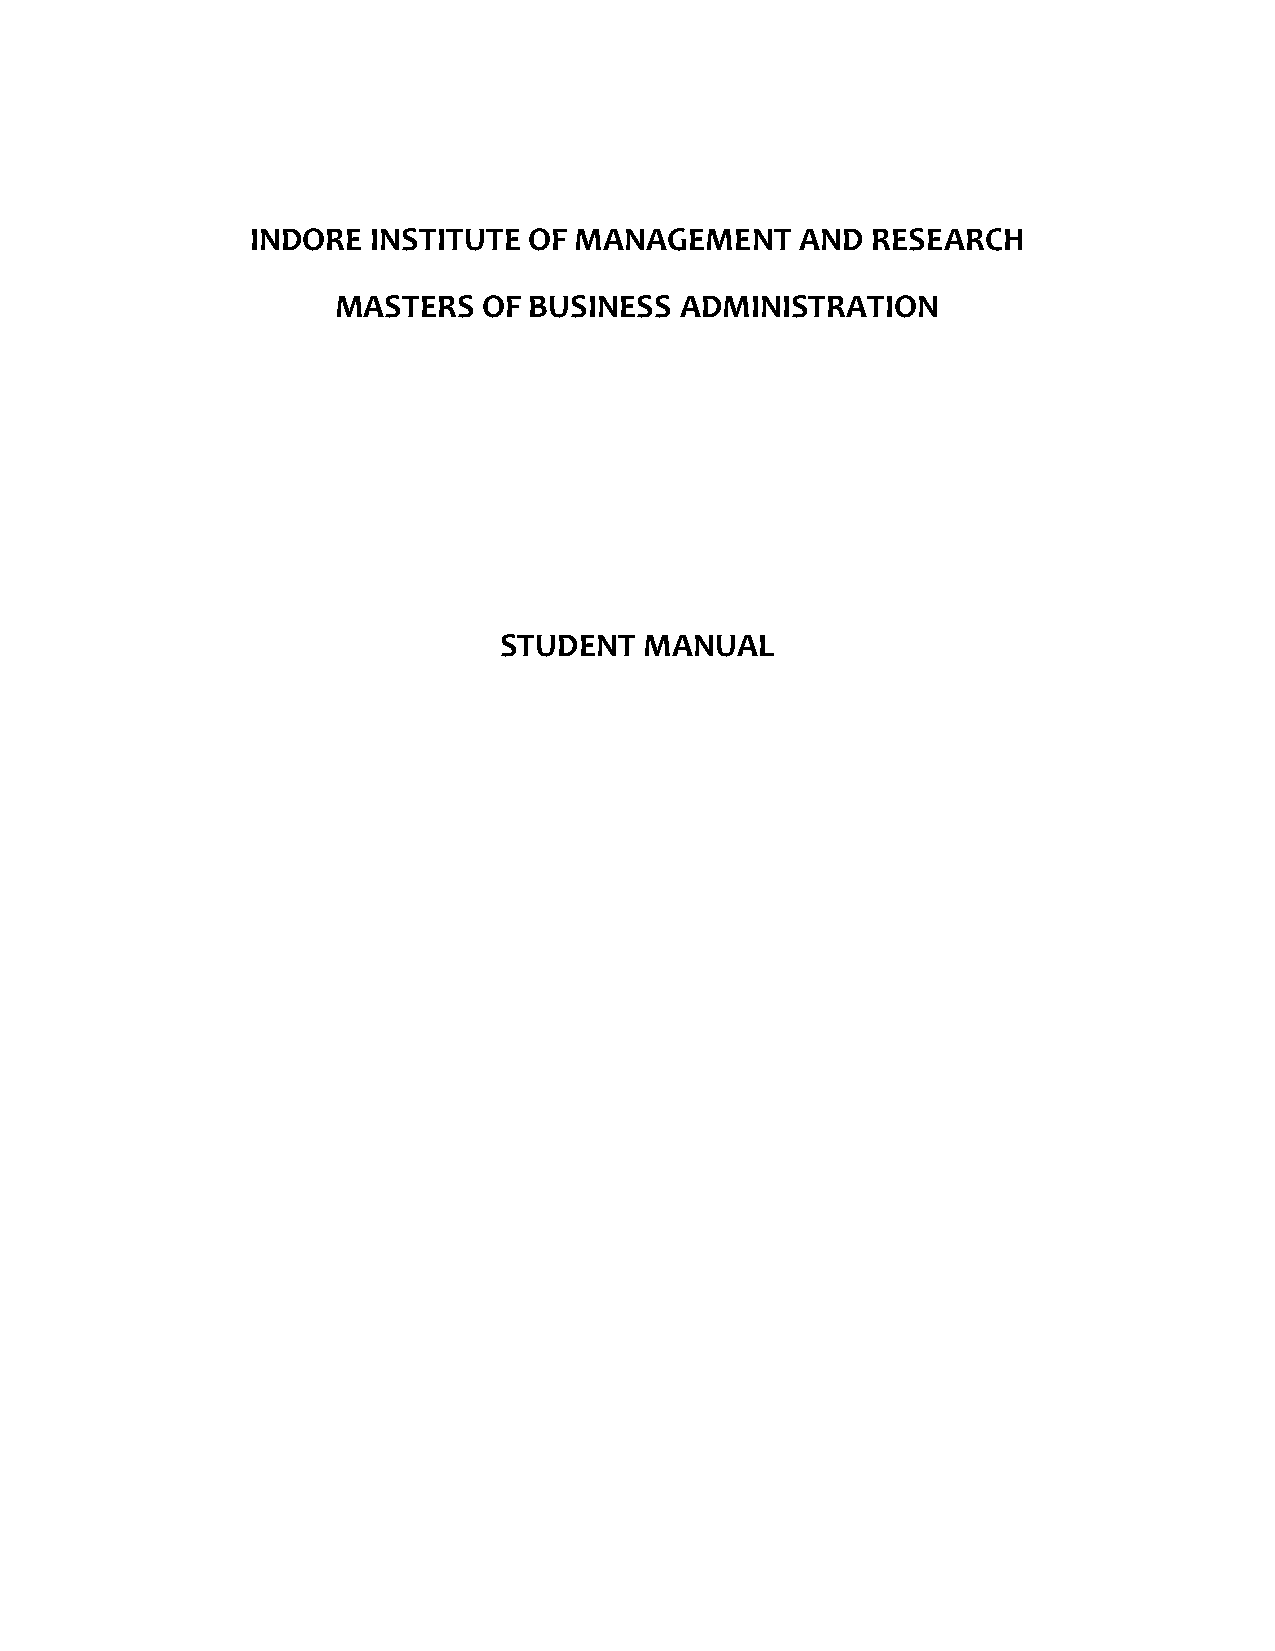
INDORE  INSTITUTE OF MANAGEMENT     AND  RESEARCH
 MASTERS   OF BUSINESS  ADMINISTRATION
 STUDENT   MANUAL